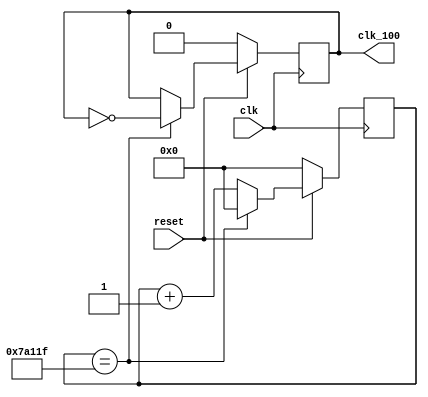
module clk_div_100(clk, reset, clk_100);	//clock divider 100Hz 100MHz
	input clk, reset;
	output reg clk_100=0;

reg [18:0] clk_cnt=0;

always @ (posedge clk)
	if(!reset) begin
		clk_100 <= 0;
		clk_cnt <= 0;
	end

	else begin 
		if(clk_cnt == 19'b111_1010_0001_0001_1111) begin	//19'd499999
			clk_100 <= ~ clk_100;
			clk_cnt <= 19'd0;
		end

		else begin
			clk_cnt <= clk_cnt+1;
		end
	end
endmodule

module clk_div_1k(clk, reset, clk_1k);	//clock dicider 1kHz from 100MHz
	input clk, reset;
	output reg clk_1k=0;

reg [15:0] clk_cnt=0;

always @ (posedge clk)
	if(!reset) begin
		clk_1k <= 0;
		clk_cnt <= 0;
	end

	else begin
		if(clk_cnt == 16'b1100_0011_0100_1111) begin	//16'd49999
			clk_1k <= ~ clk_1k;
			clk_cnt <= 15'd0;
		end

		else begin
			clk_cnt <= clk_cnt+1;
		end
	end
endmodule